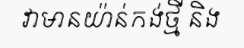
វាមានយ៉ាន់កង់ថ្មី និង